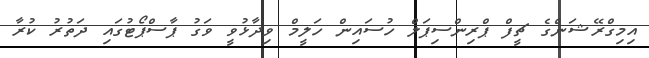
އިމިގްރޭޝަންގެ ޗީފް ޕްރިންސިޕަލް ހުސައިން ހަލީމް ވިދާޅުވީ ވަގު ޕާސްޕޯޓުގައި ދަތުރު ކުރާ